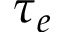
\tau _ { e }